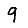
Digit: 9